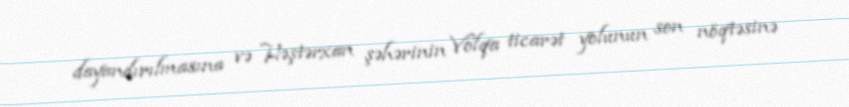
dayandırılmasına və Həştərxan şəhərinin Volqa ticarət yolunun son nöqtəsinə